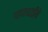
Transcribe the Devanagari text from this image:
पाणथळीचे